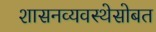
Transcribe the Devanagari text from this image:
शासनव्यवस्थेसोबत